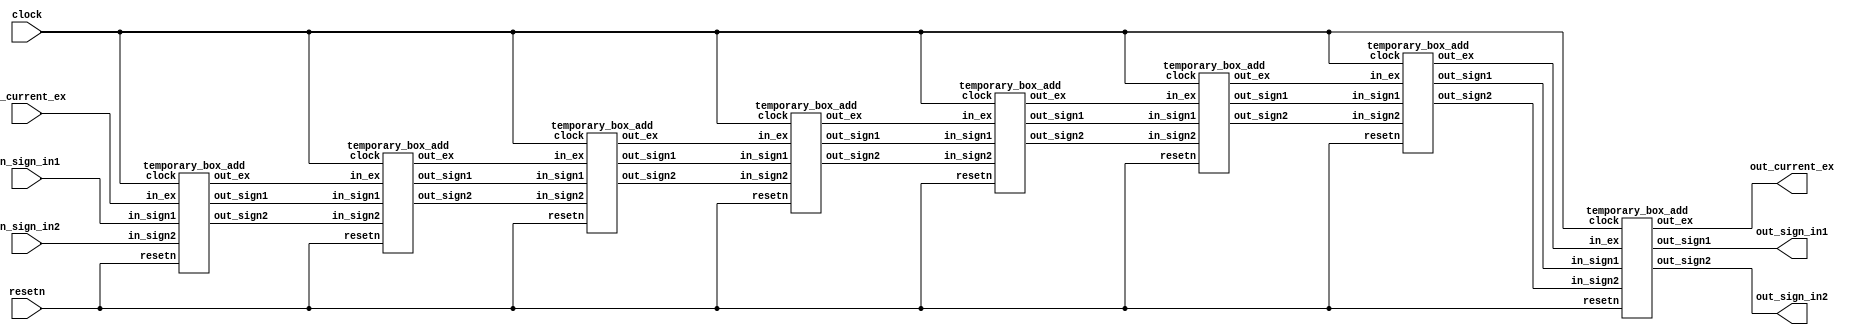
module step2_adder_status(clock, resetn, in_sign_in1, in_sign_in2, in_current_ex, out_sign_in1, out_sign_in2, out_current_ex);
	input clock, resetn;
	
	input in_sign_in1, in_sign_in2;
	input [7:0] in_current_ex;
	
	output out_sign_in1, out_sign_in2;
	output [7:0] out_current_ex;

	parameter cycle = 8;
	
	wire temp_sign1[cycle:0];
	wire temp_sign2[cycle:0];
	wire [7:0] temp_ex[cycle:0];	
	
	assign temp_sign1[0] = in_sign_in1;
	assign temp_sign2[0] = in_sign_in2;
	assign temp_ex[0] = in_current_ex;
	
	genvar i;
	generate
		for(i=0; i<cycle ; i=i+1) begin: loop_buf_add
			temporary_box_add TBA1(.clock(clock), .resetn(resetn), .in_sign1(temp_sign1[i]), .in_sign2(temp_sign2[i]), .in_ex(temp_ex[i]), .out_sign1(temp_sign1[i+1]), .out_sign2(temp_sign2[i+1]), .out_ex(temp_ex[i+1]));
		end
	endgenerate
	
	assign out_sign_in1 = temp_sign1[cycle];
	assign out_sign_in2 = temp_sign2[cycle];
	assign out_current_ex = temp_ex[cycle];

endmodule 


////////////////////////////////////////////////////

module temporary_box_add(clock, resetn, in_sign1, in_sign2, in_ex, out_sign1, out_sign2, out_ex); //1 clock   
	input clock, resetn;
	
	input in_sign1, in_sign2;
	input [7:0] in_ex;
	
	output reg out_sign1, out_sign2;
	output reg [7:0] out_ex;
	
	always@(posedge clock, negedge resetn) begin
		if(!resetn) begin
			out_sign1 <= 0;
			out_sign2 <= 0;
			out_ex <= 0;
		end
		else begin	
			out_sign1 <= in_sign1;
			out_sign2 <= in_sign2;
			out_ex <= in_ex;
		end
	end

endmodule